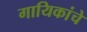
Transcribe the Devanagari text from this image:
गायिकांचे